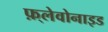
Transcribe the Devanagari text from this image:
फ़्लेवोनाइड